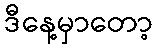
ဒီနေ့မှာတော့